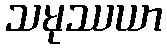
သမုဿယာ